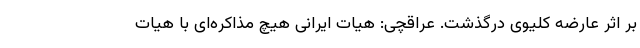
بر اثر عارضه کلیوی درگذشت. عراقچی: هیات ایرانی هیچ مذاکره‌ای با هیات